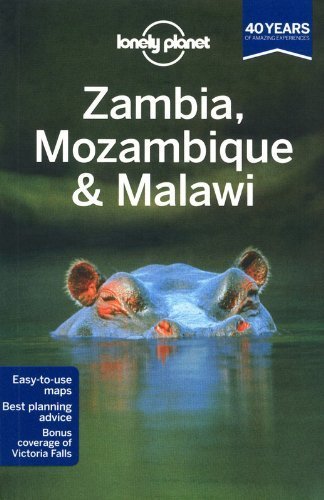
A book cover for Lonely Planet Zambia, Mozambique & Malawi (Travel Guide) 2nd edition by Lonely Planet, Fitzpatrick, Mary, Grosberg, Michael, Holden, (2013) Paperback; Fitzpatrick, Mary, Grosberg, Michael, Holden, Lonely Planet; Travel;